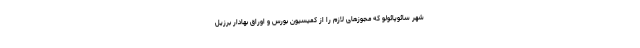
شهر سائوپائولو که مجوزهای لازم را از کمیسیون بورس و اوراق بهادار برزیل